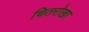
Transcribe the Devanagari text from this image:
चितरोखा